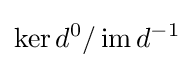
\ker d^{0}/\operatorname {im} d^{-1}